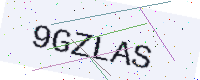
Text: 9GZLAS